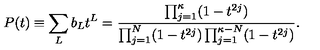
P ( t ) \equiv \sum _ { L } b _ { L } t ^ { L } = \frac { \prod _ { j = 1 } ^ { \kappa } ( 1 - t ^ { 2 j } ) } { \prod _ { j = 1 } ^ { N } ( 1 - t ^ { 2 j } ) \prod _ { j = 1 } ^ { \kappa - N } ( 1 - t ^ { 2 j } ) } .